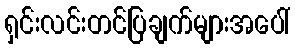
ရှင်းလင်းတင်ပြချက်များအပေါ်